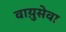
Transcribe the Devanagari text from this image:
वाय़ुसेवा